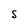
Character: s